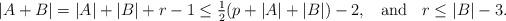
LaTeX: \begin{align*}|A + B | = |A|+|B|+r-1 \leq \tfrac{1}{2}(p+|A|+|B|)-2, \;\; \textrm{ and }\;\; r\leq |B|-3.\end{align*}